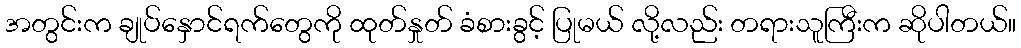
အတွင်းက ချုပ်နှောင်ရက်တွေကို ထုတ်နှုတ် ခံစားခွင့် ပြုမယ် လို့လည်း တရားသူကြီးက ဆိုပါတယ်။